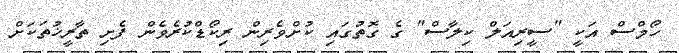
ހޯމްސް އަކީ "ސީރިއަލް ކިލާސް" ގެ ގޮތުގައި ކުށްވެރިން ރިކޯޑްކުރެވެން ފެށި ތާރީޚުތަކަށް